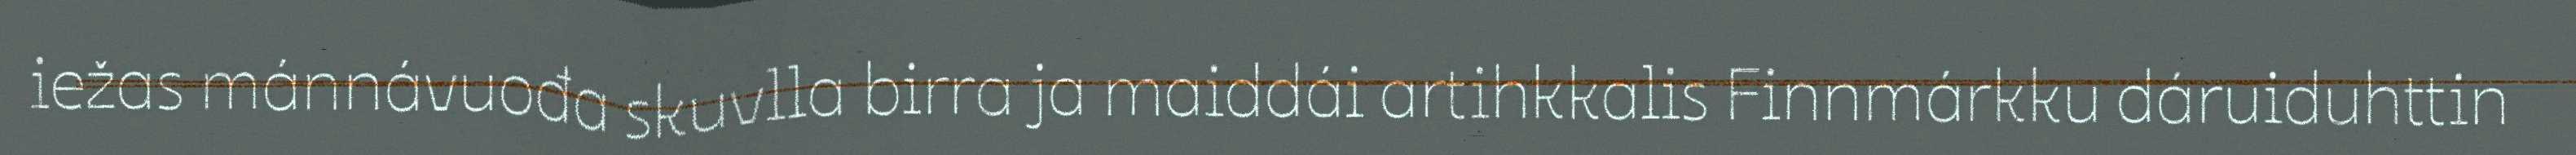
iežas mánnávuođa skuvlla birra ja maiddái artihkkalis Finnmárkku dáruiduhttin